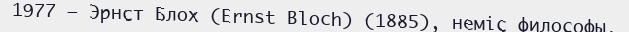
1977 — Эрнст Блох (Ernst Bloch) (1885), неміс философы.